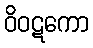
ဝိဝဋကော